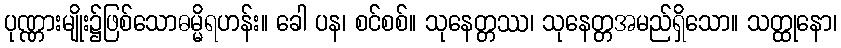
ပုဏ္ဏားမျိုး၌ဖြစ်သောဓမ္မိရဟန်း။ ခေါ ပန၊ စင်စစ်။ သုနေတ္တဿ၊ သုနေတ္တအမည်ရှိသော။ သတ္ထုနော၊